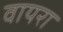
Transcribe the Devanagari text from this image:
वायरा